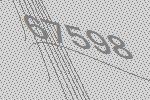
67598